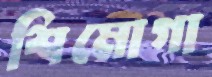
শিমোগা